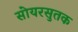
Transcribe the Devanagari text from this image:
सोयरसुतक